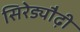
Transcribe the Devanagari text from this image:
सिरेड्यौढ़ी